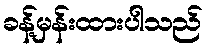
ခန့်မှန်းထားပါသည်